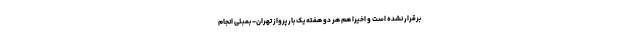
برقرار نشده است و اخیرا هم هر دو هفته یک بار پرواز تهران- بمبئی انجام